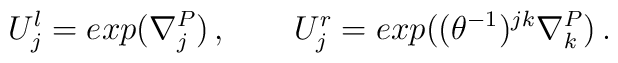
U^{l}_{j} = exp(\nabla^{P}_{j}) \, , \qquad U^{r}_{j} = exp((\theta^{-1})^{jk}\nabla^{P}_{k}) \, .